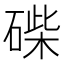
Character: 𥓽